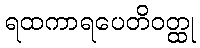
ရထကာရပေတိဝတ္ထု